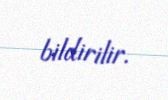
bildirilir.